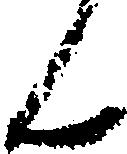
ん